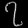
Digit: ၇